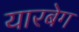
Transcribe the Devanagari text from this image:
यारबेग